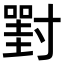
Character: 𡭈